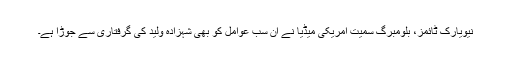
نیویارک ٹائمز، بلومبرگ سمیت امریکی میڈیا نے اِن سب عوامل کو بھی شہزادہ ولید کی گرفتاری سے جوڑا ہے۔